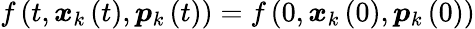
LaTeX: f\left(t,\boldsymbol{x}_{k}\left(t\right),\boldsymbol{p}_{k}\left(t\right)\right)=f\left(0,\boldsymbol{x}_{k}\left(0\right),\boldsymbol{p}_{k}\left(0\right)\right)